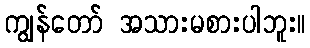
ကျွန်တော် အသားမစားပါဘူး။